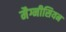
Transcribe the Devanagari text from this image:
मैग्नीसियन